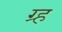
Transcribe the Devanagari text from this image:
ग्र्ह